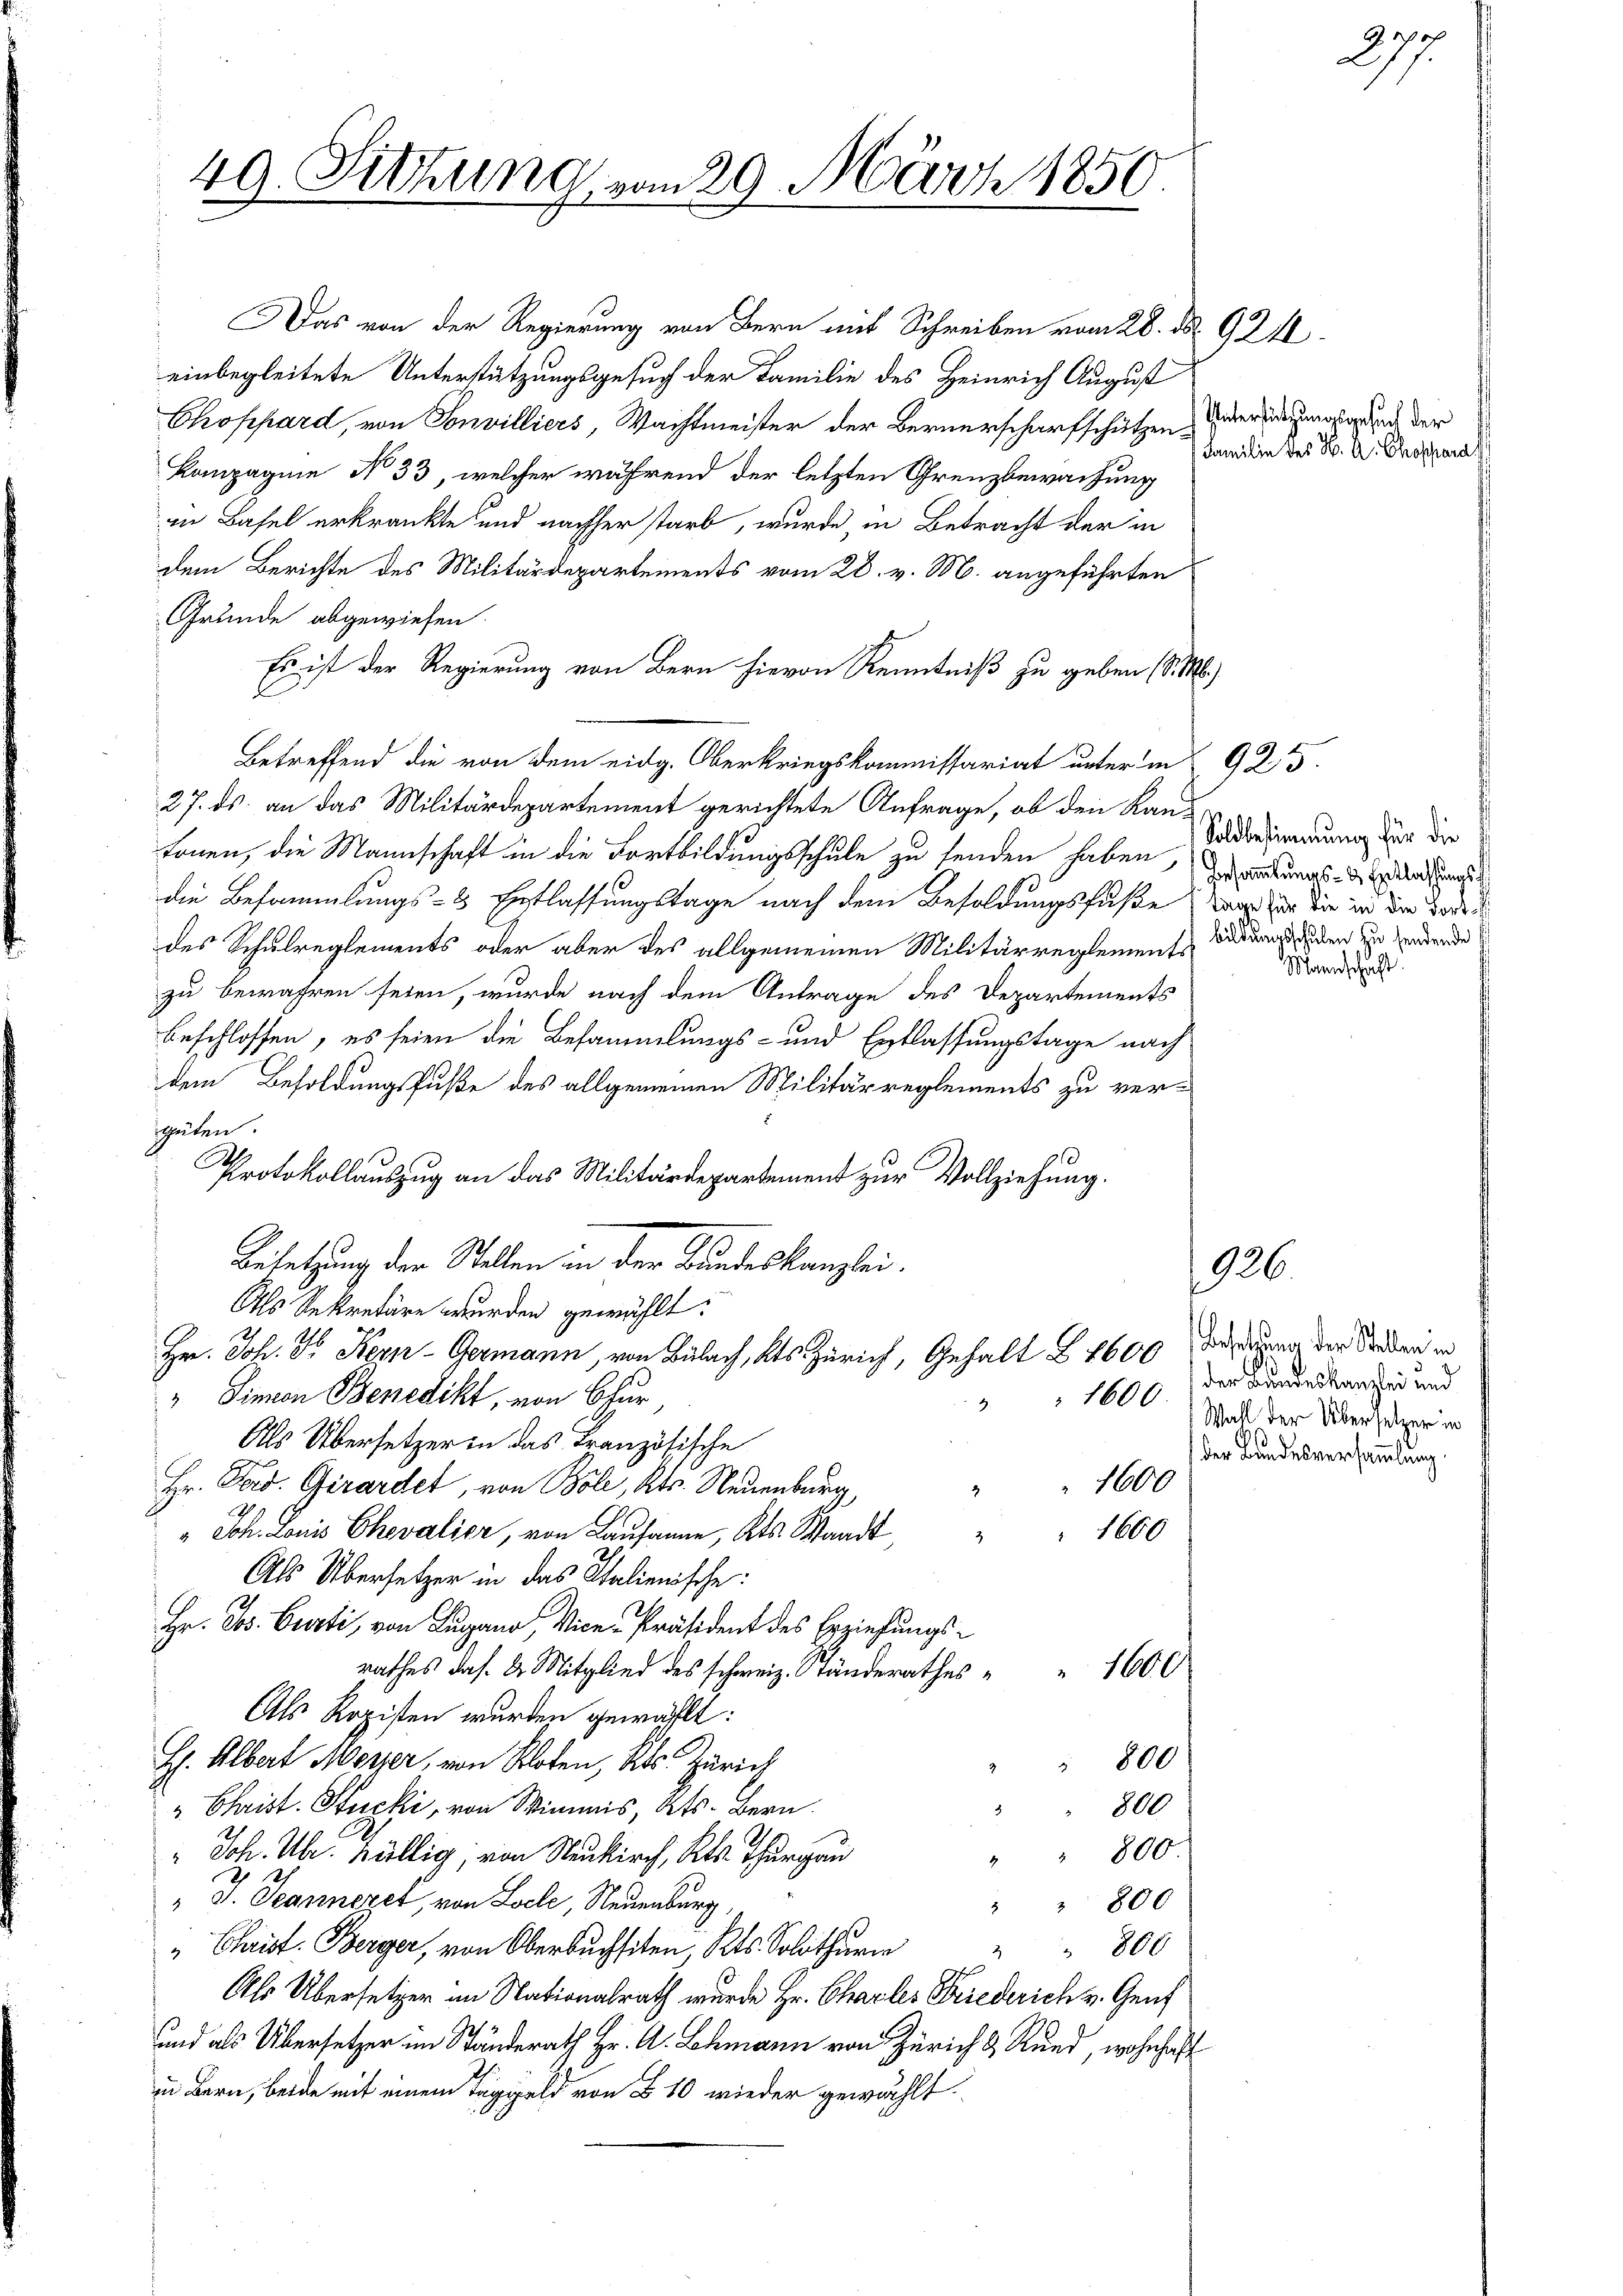
49. Sitzung vom 29. März 1850.

Das von der Regierung von Bern mit Schreiben vom 28. ds. 921
einbegleitete Unterstützungsgesuch der Familie des Heinrich August
Chophard, von Sonvilliers, Wachtmeister der Bernerscharfschützen, derendungsgrund der
Kompagnie No 33, welcher während der letzten Grenzbewachung
in Basel erkränkte und nachher starb, wurde, in Betracht der in
dem Berichte des Militärdepartements vom 28. v. M. angeführten
Grunde abgewiesen.
Es ist der Regierung von Bern hievon Kenntniß zu geben (S. M.)
l
Betreffend die von dem eidg. Oberkriegskommissariat unter in 925.
27. ds. an das Militärdepartement gerichtete Anfrage, ob den Kan-
tonen, die Mannschaft in die Fortbildungsschule zu senden haben, zuwartungs- und das
die Besammlungs- & Entlassungstage nach dem Besoldungsfuße war für die in die dort d
des Schulreglements oder aber des allgemeinen Militärreglemenst Badung den zu zerdende
zu bewahren seien, wurde nach dem Antrage des Departements
beschlossen, es seien die Besammlungs- und Entlassungstage nach
dem Besoldungsfuße des allgemeinen Militärreglements zu verstzeiten.
2
Protokollauszug an das Militärdepardement zur Vollziehung.
Besetzung der Stellen in der Bundeskanzlei.
Als Sekretäre wurden gewählt:
Hr. Joh. Fr. Kern-Germann, von Bülach, Kts. Zürich, Gehalt § 4600 Freiung der Traden in
" Simon Benedikt, von Chur
4.
Als Übersetzer in das Französische
1600
Hr. Ferd. Girardet, von Boli, Kts. Neuenburg,
E
" Joh. Louis Chevalier, von Lausanne, Kts. Waadt,
1660
Als Übersetzer in das Italienische:
Hr. Jos. Curti, von Lugano, Vice-Präsident des Erziehungsrathes das k. Mitglied des schweiz. Ständerathes " " 1600
Als Kopisten wurden gewählt:
 800
H. Albert Meyer, von Kloten, Kts. Zürich
800
" Christ. Stucki, von Wimmis, Kts. Bern
" Joh. Ubr. Köllig, von Neukirch, Kts. Thurgau
" " 800.
" J. Jeanneret, von Loele, Neuenburg
" " 800
" Christ. Berger, von Oberbuchsten Kts. Solothurn
 800
Uhr Übersetzer im Nationalrath wurde Hr. Charler Friederich v. Genf
und als Übersetzer im Ständerath Hr. A. Lohmann von Zürich & Rund, wohnhaft
in Bern, beide mit einem Taggeld von § 10 wieder gewählt

Familie des K. A. Chrosperat

77.
2)

Soldbestimmung für die

926.

Mannschaft.

der Bundeskanzlei und
1600 Wall der Übersetzer in
f der Bundesversammlung.